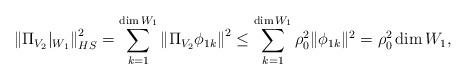
LaTeX: \begin{align*}\left\|\Pi_{V_2}|_{W_1}\right\|^2_{HS}=\sum_{k=1}^{\dim W_1}\left\|\Pi_{V_2}\phi_{1k}\right\|^2\leq \sum_{k=1}^{\dim W_1}\rho_0^2\|\phi_{1k}\|^2=\rho_0^2\dim W_1,\end{align*}